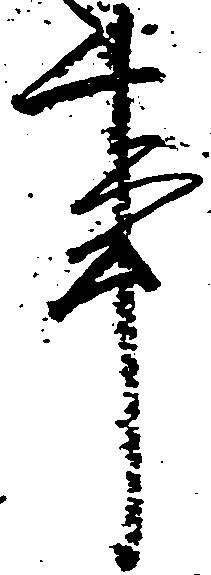
事